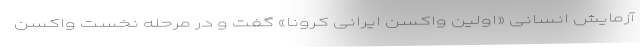
آزمایش انسانی «اولین واکسن ایرانی کرونا» گفت و در مرحله نخست واکسن